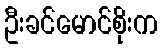
ဦးခင်မောင်စိုးက